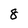
Character: 8